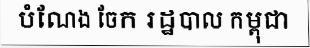
បំណែង ចែក រដ្ឋបាល កម្ពុជា